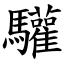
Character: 驩